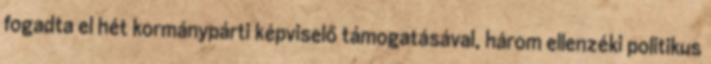
fogadta el hét kormánypárti képviselő támogatásával, három ellenzéki politikus